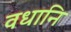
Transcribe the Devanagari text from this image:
वधानि